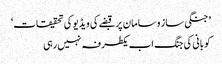
’جنگی ساز و سامان پر قبضے کی ویڈیو کی تحقیقات‘
کوبانی کی جنگ اب یکطرفہ نہیں رہی